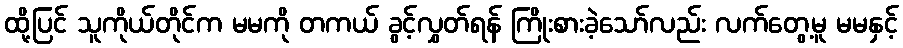
ထို့ပြင် သူကိုယ်တိုင်က မမကို တကယ် ခွင့်လွှတ်ရန် ကြိုးစားခဲ့သော်လည်း လက်တွေ့မူ မမနှင့်